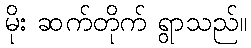
မိုး ဆက်တိုက် ရွာသည်။